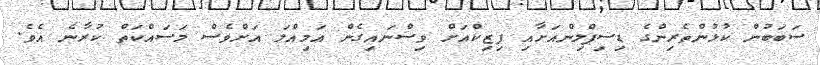
ސަބަބުން ކުޅުންތެރިންގެ ޑިސިޕްލިންއަށާއި ފިޒިކްއަށް ވިސްނައިގެން އަމިއްލަ އަށްވެސް މަސައްކަތް ކުރާނެ އެވެ.